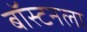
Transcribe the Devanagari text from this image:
बॉस्टनला